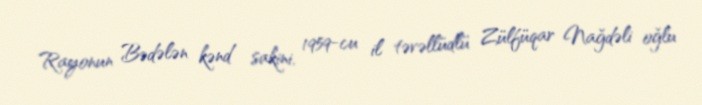
Rayonun Bədələn kənd sakini, 1959-cu il təvəllüdlü Zülfüqar Nağdəli oğlu